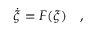
\dot { \xi } = F ( \xi ) \ \ \ ,